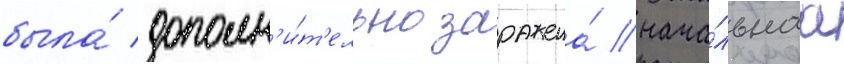
была́ дополн'и́т'ельно заражена́ нача́льнаа